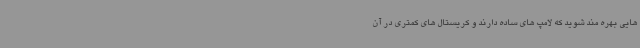
هایی بهره مند شوید که لامپ های ساده دارند و کریستال های کمتری در آن